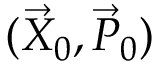
( \vec { X } _ { 0 } , \vec { P } _ { 0 } )